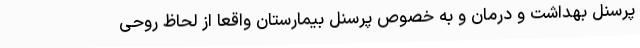
پرسنل بهداشت و درمان و به خصوص پرسنل بیمارستان واقعا از لحاظ روحی